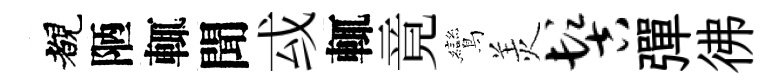
覩陋輒聞㦯輒竟鸞羙髻彈彿